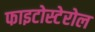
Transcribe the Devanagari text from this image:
फाइटोस्टेरोल